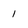
Character: 1